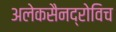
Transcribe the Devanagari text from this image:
अलेकसैनद्रोविच